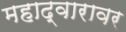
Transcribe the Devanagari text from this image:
महाद्वारावर